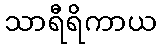
သာရီရိကာယ